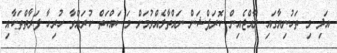
އަދި މި ތަހުނިޔާގައި ރާއްޖެއިން ކޮރަޕްޝަން ނައްތާލެއްވުމަށް މަސައްކަތް ކުރައްވާ ހުރިހާ ފަރާތްތަކާއި